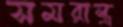
সমরাস্ত্র